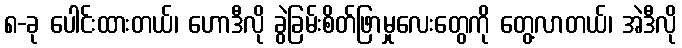
၈-ခု ပေါင်းထားတယ်၊ ဟောဒီလို ခွဲခြမ်းစိတ်ဖြာမှုလေးတွေကို တွေ့လာတယ်၊ အဲဒီလို